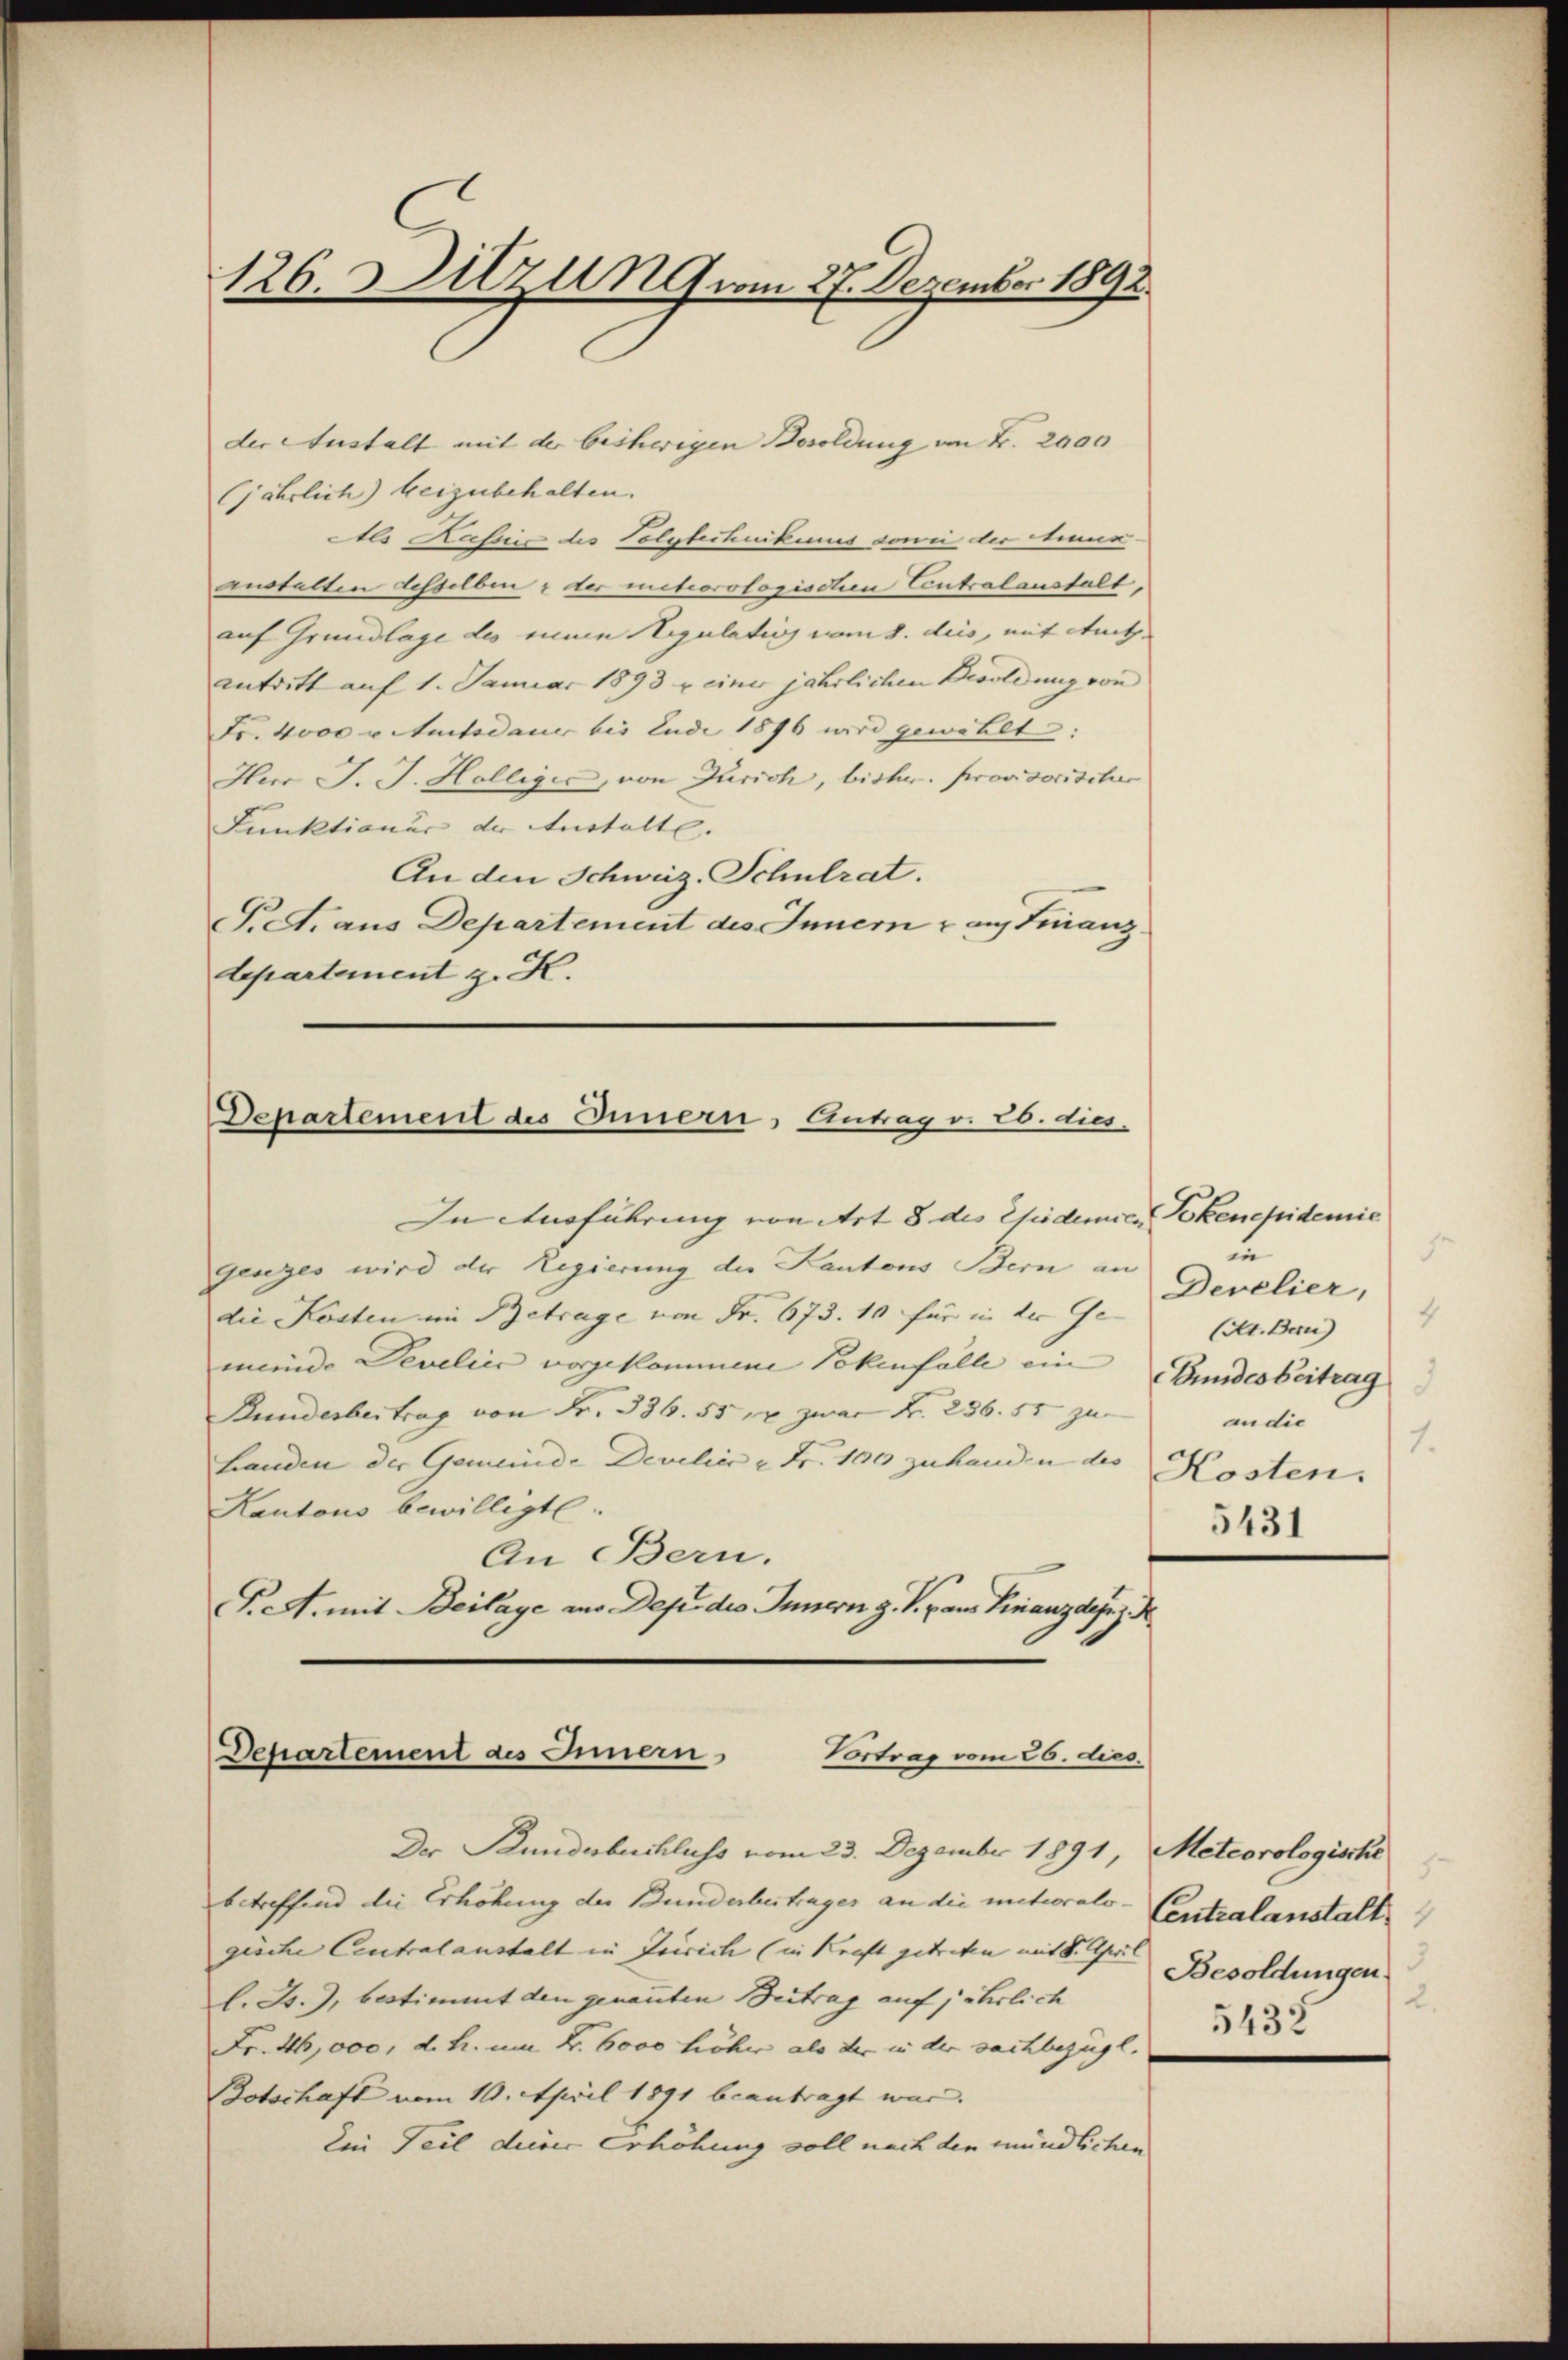
126. Silzung vom 27. Dezember 1892.

der Anstalt mit der bisherigen Besoldung von B. 2000
ljährlich) beizubehalten.
Als Kassin des Polytechnikums sowie der Aus-
austalten desselben & der meteorologischen Centralanstalt.
auf Grundlage des einen Regulativ vom 8. dies, mit Art.
antritt auf 1. Januar 1893 u. einer jährlichen Besoldung von
Fr. 4000 vitutsdauer bis Ende 1896 wird gewählt:
Hur J. J. Holligić, von Zürich, bisher. provisorischer
Funktionur der Anstalte.
An den Schweiz. Schulrat.
.c. aus Departement des Innern auf Finanz
tepartement z. K.

Departement des Innern, Antrag v. 26. dies

In Ausführung von Art 8 des Epidemien Bekenepidemie
genges wird der Regierung der Kantons Bern an
die Kosten im Betrage von Fr. 673. 10 für in der Ge-
meinde Develier vorgekommene Pokenfalle ein Bundesbeitrag
Bundesbertrag von Fr. 336. 5512 zwar Fr. 256. 55 zu
Landen der Gemeinde Develier u Fr. 100 zu handen des Kosten.
Kantons bewilligte
An Bern.
P.A. mit Beilage an Dep. des Innern G. P. v. ans Finanzdefz d
Departement des Innern
Vortrag vom 26. dies

Der Bunderbuchluss vom 23. Dezember 1891, Meteorologische
betreffend die Erhöhung der Bunderbeitrages an die unteralogische Centralanstalt in Zürich (in Kraft getreten mit 8. April
l. Js.), bestimmt den genannten Beitrag auf jährlich
Fr. 46,000, d. h. um Fr. 6000 höher als der in der sachbezügl.
Botschaft vom 10. April 1891 beantragt war.
Ein Teil dieser Erhöhung soll nach den mündlichen

.
u
Develier,
4
(St. Bern)
an die
1.
5431

Centralanstalt
Besoldungen
2.
5435